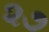
૨૭